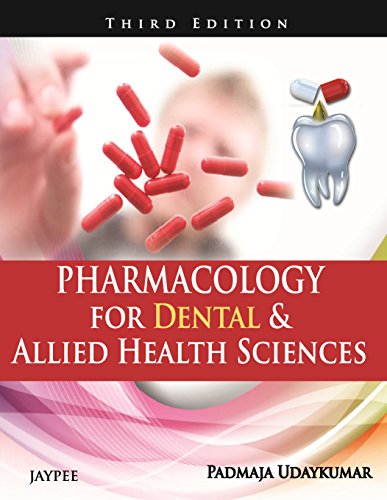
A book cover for Pharmacology for Dental & Allied Health Sciences; Padmaja Udaykumar; Medical Books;